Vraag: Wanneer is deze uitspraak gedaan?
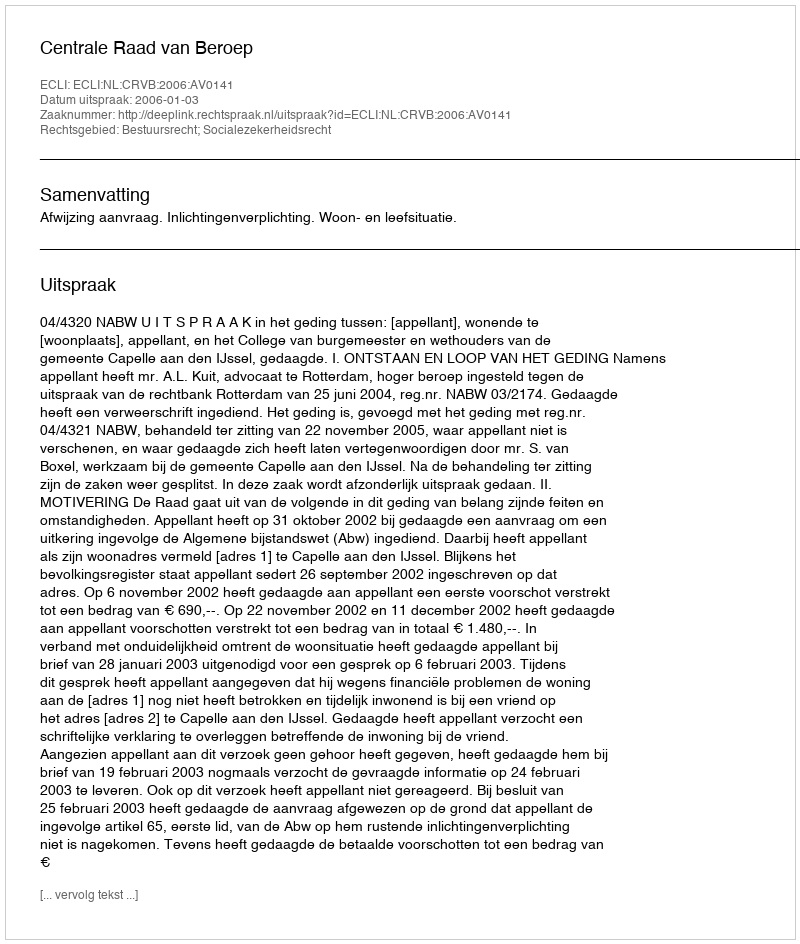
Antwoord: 2006-01-03